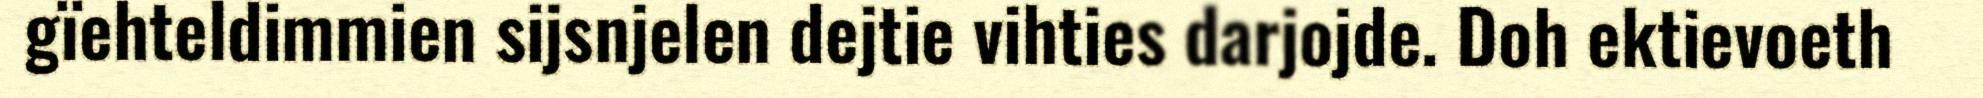
gïehteldimmien sijsnjelen dejtie vihties darjojde. Doh ektievoeth